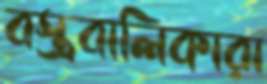
বস্ত্রবালিকারা